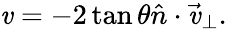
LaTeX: \mathit{v}=-2\tan\theta\hat{{n}}\cdot\vec{{\mathit{v}}}_{\perp}.